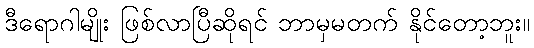
ဒီရောဂါမျိုး ဖြစ်လာပြီဆိုရင် ဘာမှမတက် နိုင်တော့ဘူး။